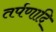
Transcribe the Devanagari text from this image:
तर्पणादि